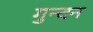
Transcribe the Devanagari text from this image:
गुन्दन